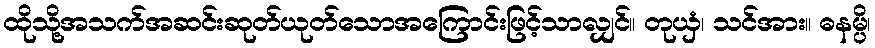
ထိုသို့အသက်အဆင်းဆုတ်ယုတ်သောအကြောင်းဖြင့်သာလျှင်။ တုယှံ၊ သင်အား။ ဓနမ္ပိ၊